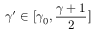
\gamma ^ { \prime } \in [ \gamma _ { 0 } , \frac { \gamma + 1 } 2 ]